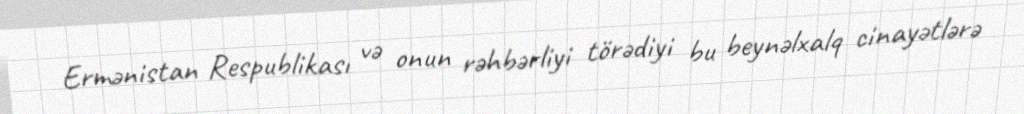
Ermənistan Respublikası və onun rəhbərliyi törədiyi bu beynəlxalq cinayətlərə